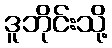
ဒူဘိုင်းသို့